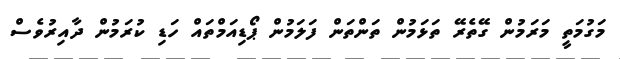
މަގުމަތީ މަރަމުން ގޭތެރޭ ތަޅަމުން ތަންތަން ފަލަމުން ޕޯޑިއަމްތައް ހަޑި ކުރަމުން ދާއިރުވެސް